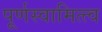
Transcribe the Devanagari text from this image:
पूर्णस्वामित्त्व